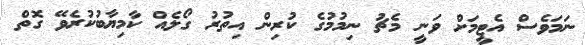
ނަމަވެސް އެޓީމަށް ވަނީ މެޗު ނިމުމުގެ ކުރިން އިތުރު ގޯލެއް ކާމިޔާބުކުރެވޭ ގޮތް